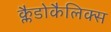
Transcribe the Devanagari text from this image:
क्लैडोकैलिक्स